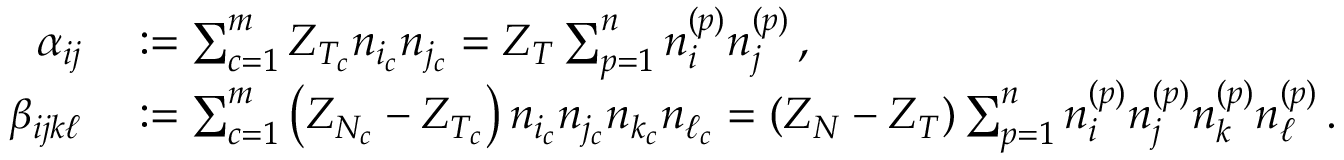
\begin{array} { r l } { \alpha _ { i j } } & { { } : = \sum _ { c = 1 } ^ { m } Z _ { T _ { c } } n _ { i _ { c } } n _ { j _ { c } } = Z _ { T } \sum _ { p = 1 } ^ { n } n _ { i } ^ { ( p ) } n _ { j } ^ { ( p ) } \, , } \\ { \beta _ { i j k \ell } } & { { } : = \sum _ { c = 1 } ^ { m } \left( Z _ { N _ { c } } - Z _ { T _ { c } } \right) n _ { i _ { c } } n _ { j _ { c } } n _ { k _ { c } } n _ { \ell _ { c } } = ( Z _ { N } - Z _ { T } ) \sum _ { p = 1 } ^ { n } n _ { i } ^ { ( p ) } n _ { j } ^ { ( p ) } n _ { k } ^ { ( p ) } n _ { \ell } ^ { ( p ) } \, . } \end{array}